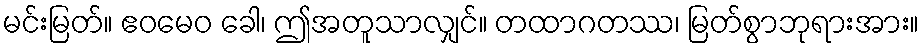
မင်းမြတ်။ ဧဝမေဝ ခေါ၊ ဤအတူသာလျှင်။ တထာဂတဿ၊ မြတ်စွာဘုရားအား။